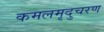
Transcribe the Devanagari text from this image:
कमलमृदुचरण